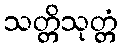
သတ္တိသုတ္တံ